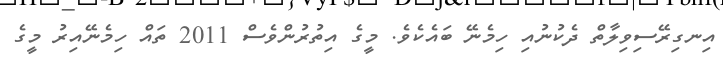
އިނގިރޭސިވިލާތް ދެކުނުއި ހިމެނޭ ބައެކެވެ. މީގެ އިތުރުންވެސް 2011 ތައް ހިމެނޭއިރު މީގެ